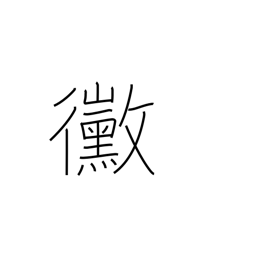
Meaning: mildew